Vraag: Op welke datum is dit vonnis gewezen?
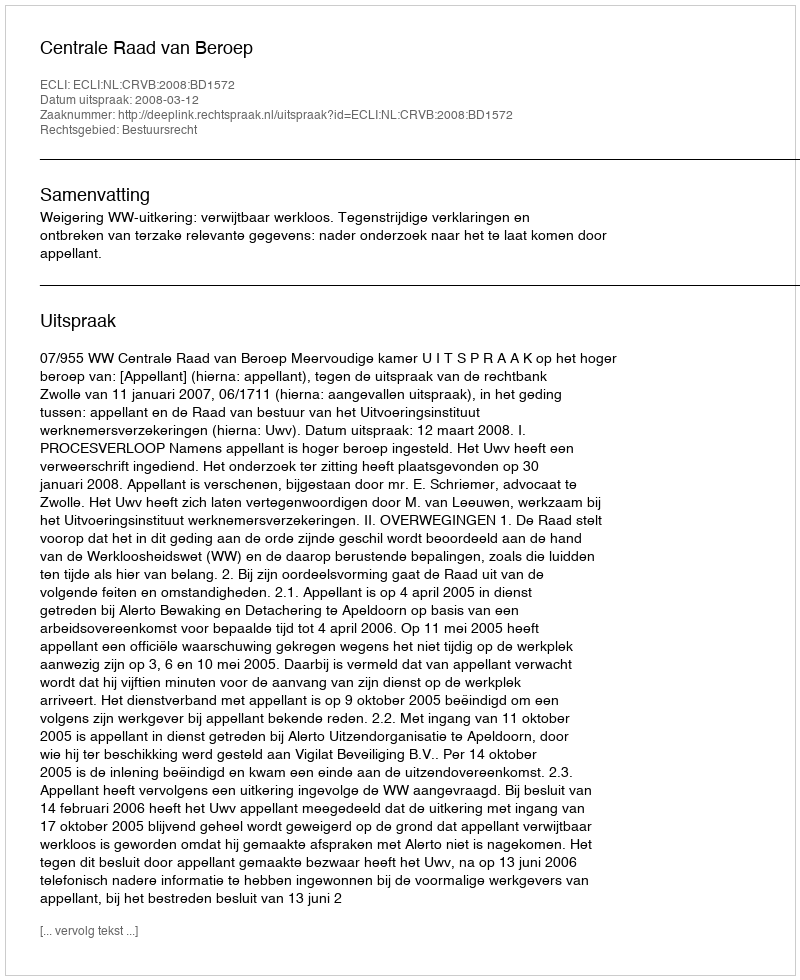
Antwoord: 2008-03-12